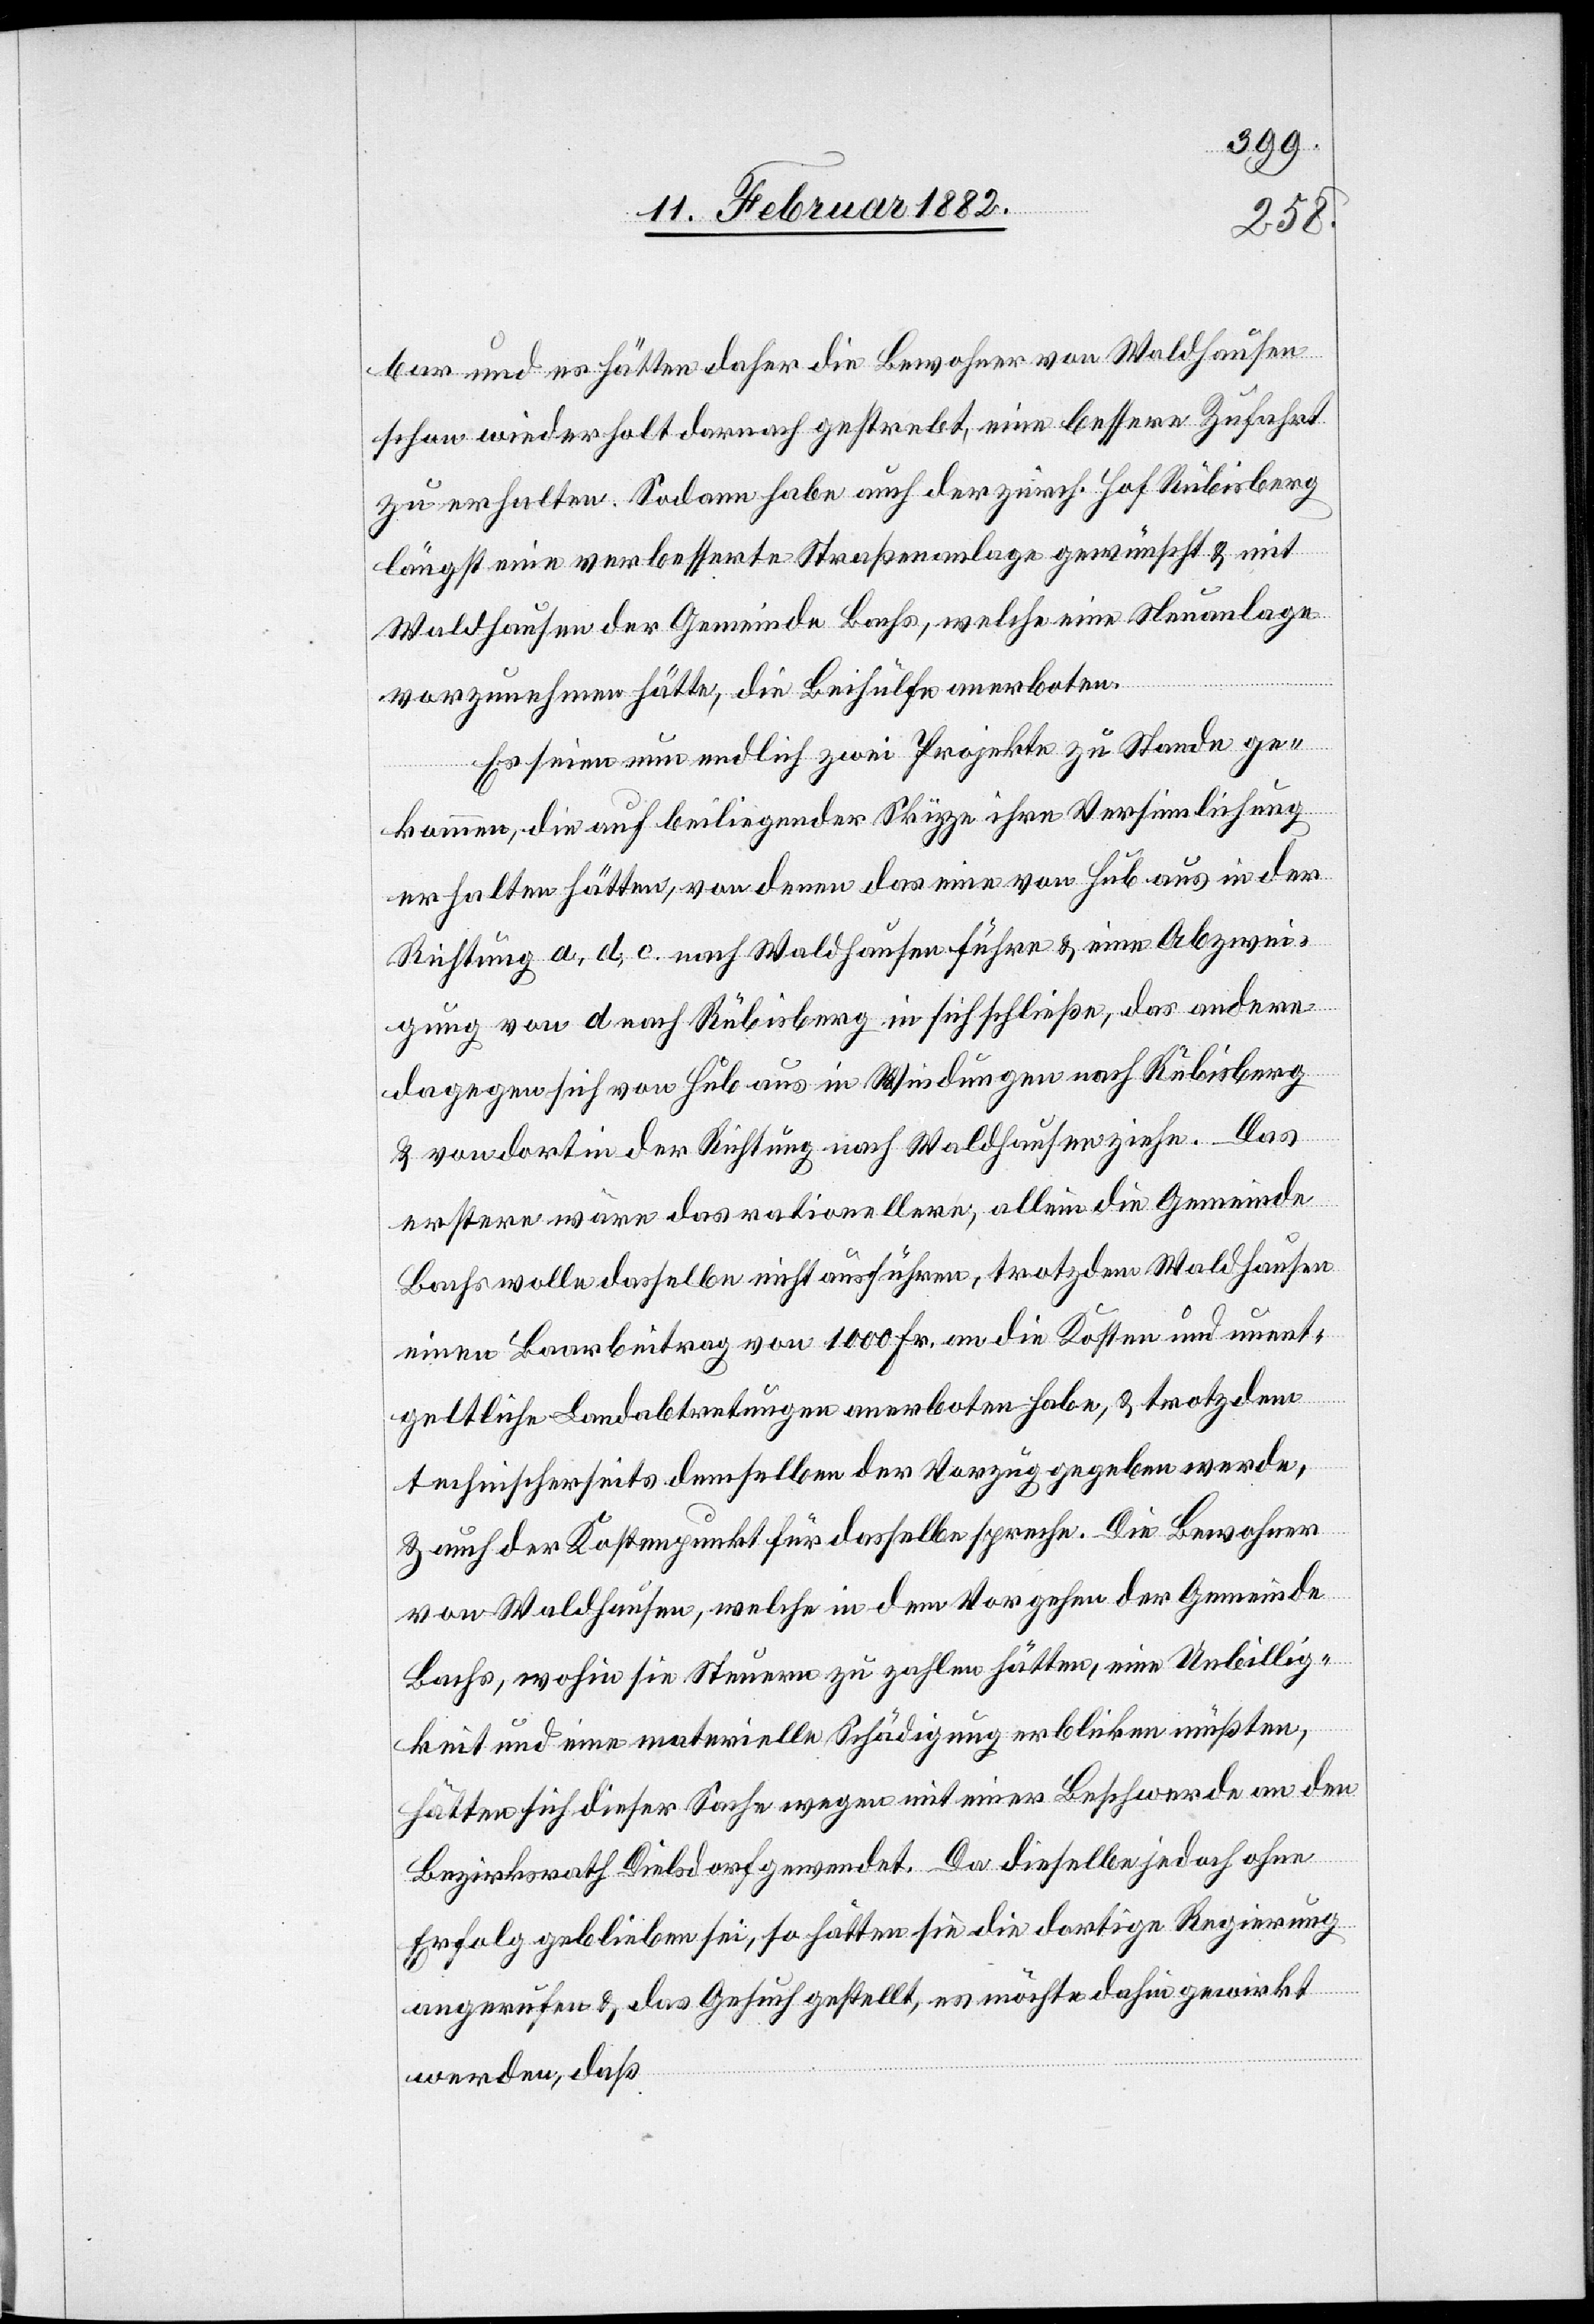
bar und es hätten daher die Bewohner von Waldhausen
schon wiederholt darauf gestrebt, eine bessere Zufahrt
zu erhalten. Sodann habe auch der zürch. Hof Rübisberg
längst eine verbesserte Straßenanlage gewünscht & mit
Waldhausen der Gemeinde Bachs, welche eine Neuanlage
vorzunehmen hätte, die Beihülfe anerboten.
Es seinen nun endlich zwei Projekte zu Stande ge¬
kommen, die auf beiliegender Skizze ihre Versinnlichung
erhalten hätten, von deren das eine von Hub aus in der
Richtung a. d. c. nach Waldhausen führen & eine Abzwei¬
gung von d nach Rübisberg in sich schließen, das andere
dagegen sich von Hub aus in Windungen nach Rübisberg
& von dort in der Richtung nach Waldhausen ziehe. Das
erstere wäre das rationellere, allein die Gemeinde
Bachs wolle dasselbe nicht ausführen, trotzdem Waldhausen
einen Baarbeitrag von 1000 Fr. an die Kosten und unent¬
geltlich Landabtretungen anerboten habe, & trotzdem
technischerseits demselben der Vorzug gegeben werde,
& auch der Kostenpunkt für dasselbe spreche. Die Bewohner
von Waldhausen, welche in dem Vorgehen der Gemeinde
Bachs, wohin sie Steuern zu zahlen hätten, eine Unbillig¬
keit und eine materielle Schädigung erblicken müßten,
hätten sich dieser Sache wegen mit einer Beschwerde an den
Bezirksrath Dielsdorf gewendet. Da dieselbe jedoch ohne
Erfolg geblieben sei, so hätten sie die dortigen Regierungen
angerufen & das Gesuch gestellt, es möchte dahin gewirkt
werden, daß